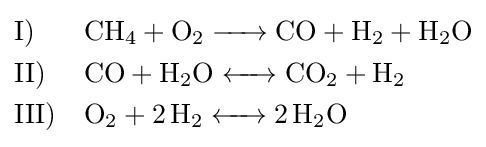
{\begin{aligned}&{\text{I)}}&&{\ce {CH4 + O2 -> CO + H2 + H2O}}\\&{\text{II)}}&&{\ce {CO + H2O <-> CO2 + H2}}\\&{\text{III)}}&&{\ce {O2 + 2H2 <-> 2H2O}}\end{aligned}}